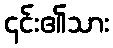
၎င်း၏သား